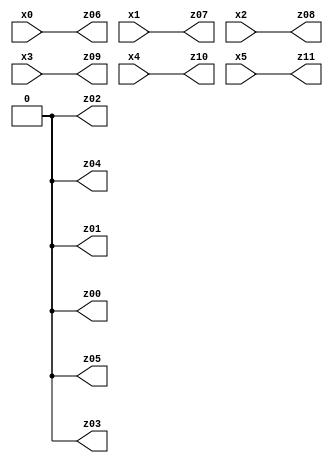
// Benchmark "X_51" written by ABC on Fri Jun 02 22:53:53 2023

module X_51 ( 
    x0, x1, x2, x3, x4, x5,
    z00, z01, z02, z03, z04, z05, z06, z07, z08, z09, z10, z11  );
  input  x0, x1, x2, x3, x4, x5;
  output z00, z01, z02, z03, z04, z05, z06, z07, z08, z09, z10, z11;
  assign z00 = 1'b0;
  assign z01 = 1'b0;
  assign z02 = 1'b0;
  assign z03 = 1'b0;
  assign z04 = 1'b0;
  assign z05 = 1'b0;
  assign z06 = x0;
  assign z07 = x1;
  assign z08 = x2;
  assign z09 = x3;
  assign z10 = x4;
  assign z11 = x5;
endmodule